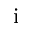
\mathrm { i }